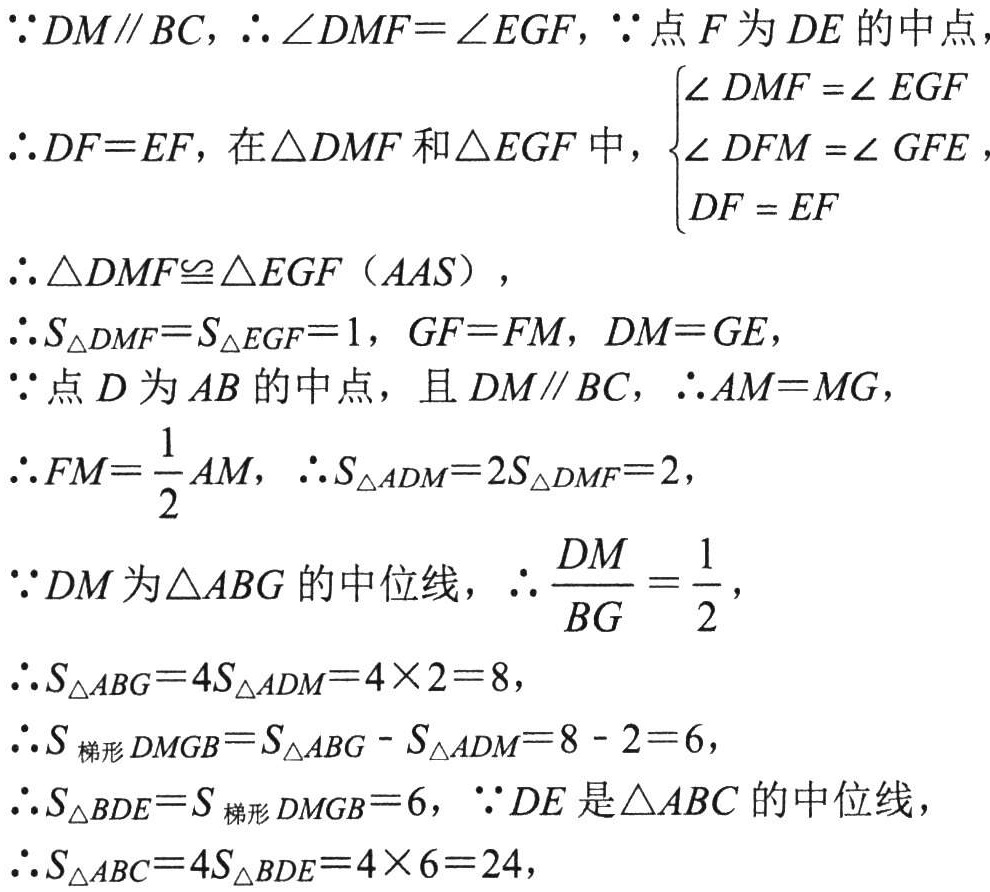
\(\because DM\parallel BC,\therefore \angle DMF = \angle EGF,\because\)点\(F\)为\(DE\)的中点，

\(\therefore DF = EF\)，在\(\triangle DMF\)和\(\triangle EGF\)中，\(\begin{cases}

\angle DMF=\angle EGF\\

\angle DFM=\angle GFE\\

DF = EF

\end{cases}\)

\(\therefore \triangle DMF\cong\triangle EGF(AAS)\)，

\(\therefore S_{\triangle DMF}=S_{\triangle EGF}=1,GF = FM,DM = GE\)，

\(\because\)点\(D\)为\(AB\)的中点，且\(DM\parallel BC\)，\(\therefore AM = MG\)，

\(\therefore FM=\dfrac{1}{2}AM,\therefore S_{\triangle ADM}=2S_{\triangle DMF}=2\)，

\(\because DM\)为\(\triangle ABG\)的中位线，\(\therefore \dfrac{DM}{BG}=\dfrac{1}{2}\)，

\(\therefore S_{\triangle ABG}=4S_{\triangle ADM}=4\times2 = 8\)，

\(\therefore S_{梯形DMGB}=S_{\triangle ABG}-S_{\triangle ADM}=8 - 2 = 6\)，

\(\therefore S_{\triangle BDE}=S_{梯形DMGB}=6,\because DE\)是\(\triangle ABC\)的中位线，

\(\therefore S_{\triangle ABC}=4S_{\triangle BDE}=4\times6 = 24\)，